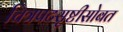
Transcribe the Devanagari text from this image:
चित्रपटसृष्टीसोबत